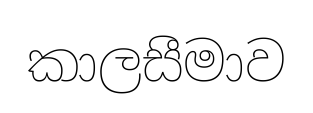
කාලසීමාව